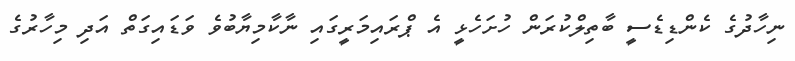
ނިހާދުގެ ކެންޑިޑެސީ ބާތިލްކުރަން ހުށަހެޅީ އެ ޕްރައިމަރީގައި ނާކާމިޔާބުވެ ވަޑައިގަތް އަދި މިހާރުގެ